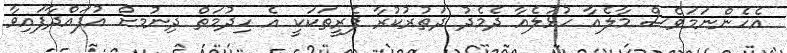
އެހެންނަމަވެސް މާލެއާ ހުޅުލެއާ ދެމެދު ދަތުރުކުރާ ފެރީތަކަކީ އެ ހިދުމަތް ދިނުމށް އުފައްދާފައިވާ